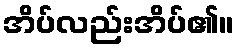
အိပ်လည်းအိပ်၏။